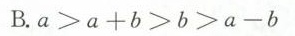
B.$$a > a + b > b > a - b$$